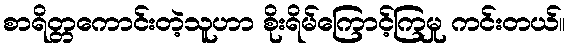
စာရိတ္တကောင်းတဲ့သူဟာ စိုးရိမ်ကြောင့်ကြမှု ကင်းတယ်။